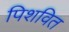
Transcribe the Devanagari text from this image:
पिशवित